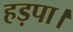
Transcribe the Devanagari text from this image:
हड़पा।